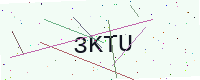
Text: 3KTU